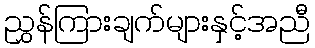
ညွှန်ကြားချက်များနှင့်အညီ